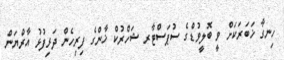
ހިނގާ ޚަބަރަކަށް ވީ ބޮލީވުޑްގެ ސުޕަސްޓާރ ޝަހްރުކް ޚާންގެ ފިރިހެން ދަރިފުޅު އާރްޔަން